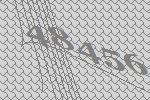
48456